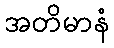
အတိမာနံ